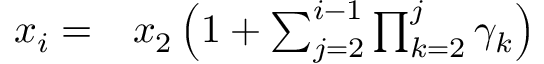
\begin{array} { r l } { x _ { i } = } & { { } x _ { 2 } \left( 1 + \sum _ { j = 2 } ^ { i - 1 } \prod _ { k = 2 } ^ { j } \gamma _ { k } \right) } \end{array}